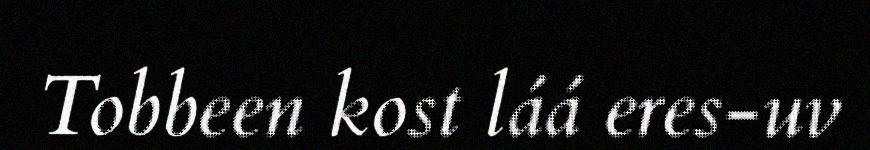
Tobbeen kost láá eres-uv